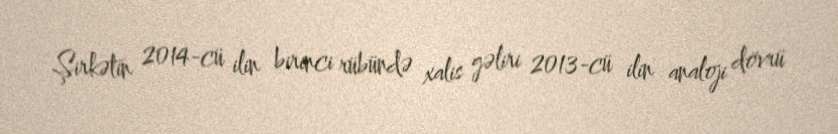
Şirkətin 2014-cü ilin birinci rübündə xalis gəliri 2013-cü ilin analoji dövrü